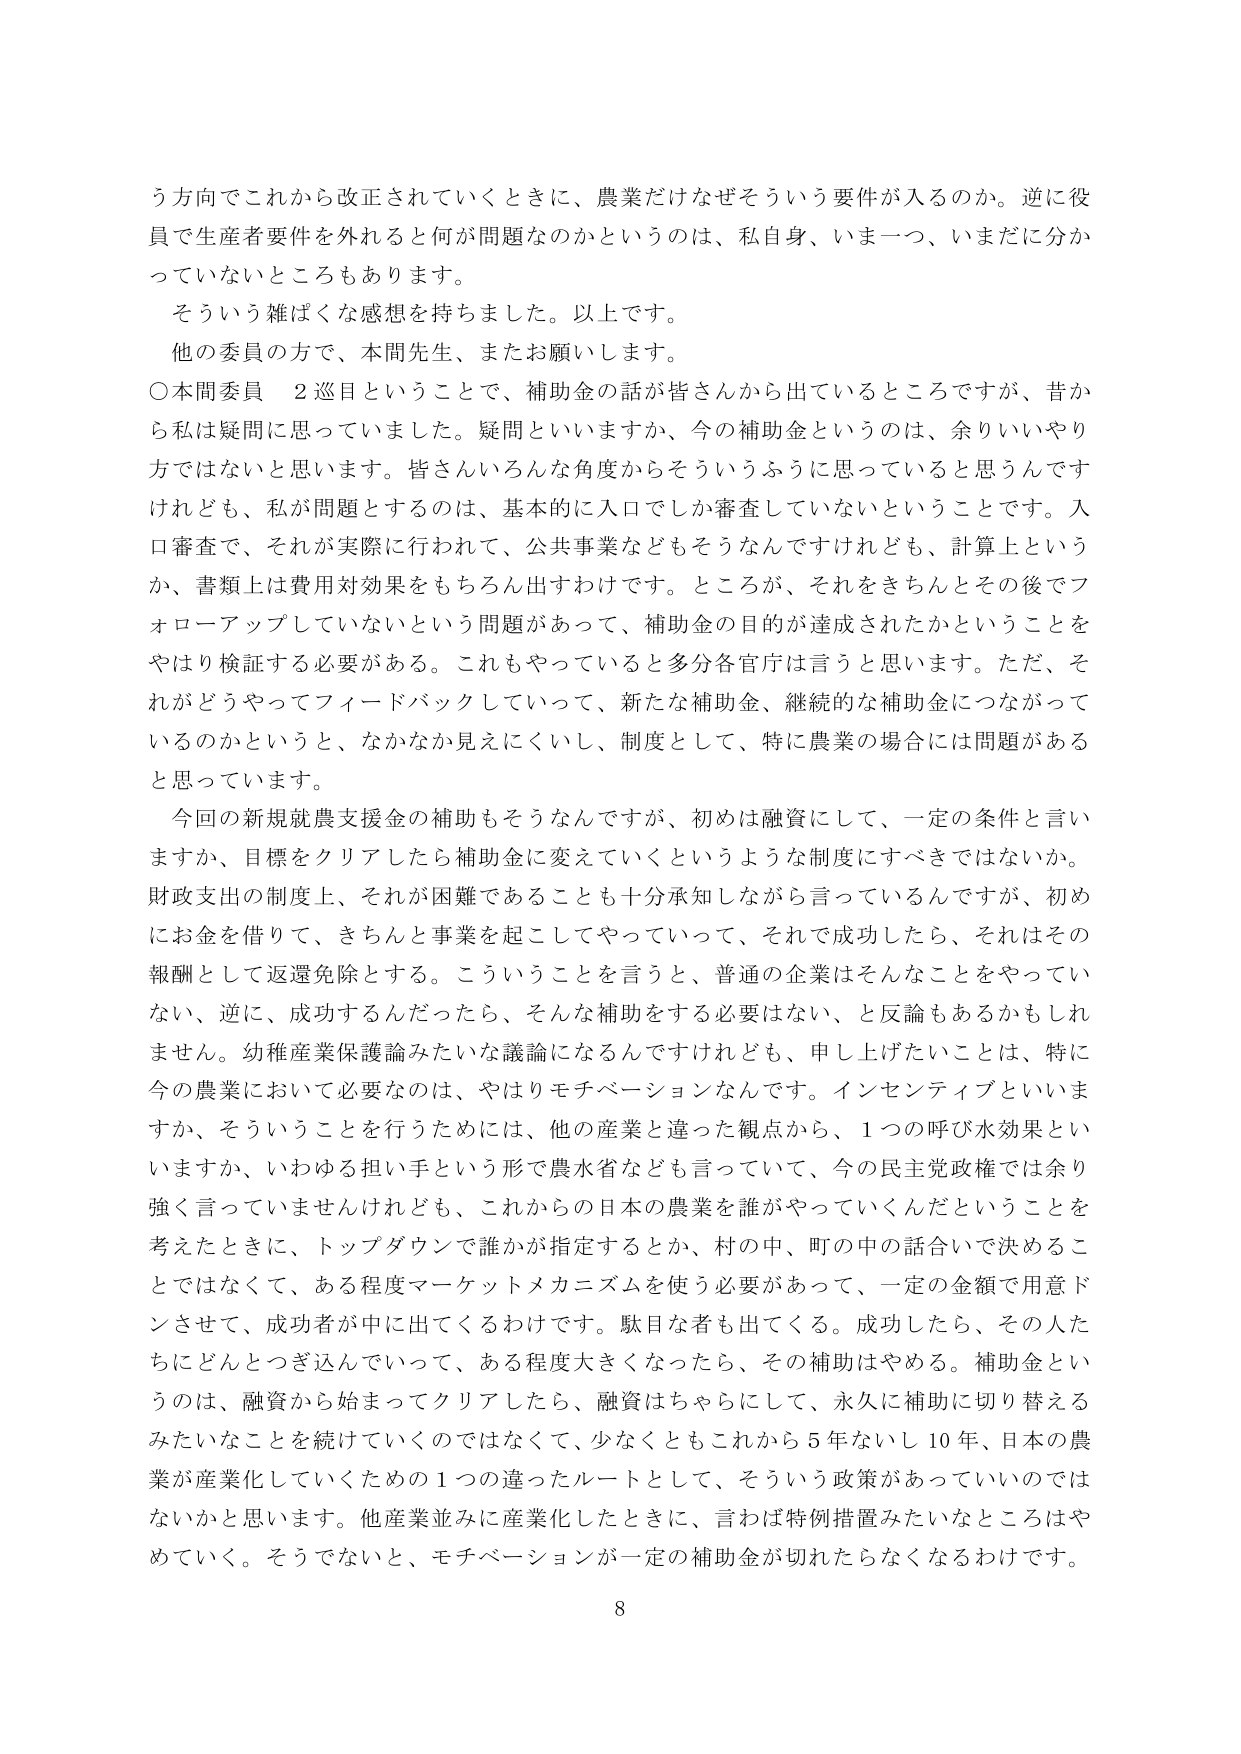
う方向でこれから改正されていくときに、農業だけなぜそういう要件が入るのか。逆に役員で生産者要件を外れると何が問題なのかというのは、私自身、いま一つ、いまだに分かっていないところもあります。

そういう雑ぱくな感想を持ちました。以上です。

他の委員の方で、本間先生、またお願いします。

○本間委員　２巡目ということで、補助金の話が皆さんから出ているところですが、昔から私は疑問に思っていました。疑問といいますか、今の補助金というのは、余りいいやり方ではないと思います。皆さんいろんな角度からそういうふうに思っていると思うんですけれども、私が問題とするのは、基本的に入口でしか審査していないということです。入口審査で、それが実際に行われて、公共事業などもそうなんですけれども、計算上というか、書類上は費用対効果をもちろん出すわけです。ところが、それをきちんとその後でフォローアップしていないという問題があって、補助金の目的が達成されたかということをやはり検証する必要がある。これもやっていると多分各官庁は言うと思います。ただ、それがどうやってフィードバックしていって、新たな補助金、継続的な補助金につながっているのかというと、なかなか見えにくいし、制度として、特に農業の場合には問題があると思っています。

今回の新規就農支援金の補助もそうなんですが、初めは融資にして、一定の条件と言いますか、目標をクリアしたら補助金に変えていくというような制度にすべきではないか。財政支出の制度上、それが困難であることも十分承知しながら言っているんですが、初めにお金を借りて、きちんと事業を起こしてやっていって、それで成功したら、それはその報酬として返還免除とする。こういうことを言うと、普通の企業はそんなことをやっていない、逆に、成功するんだったら、そんな補助をする必要はない、と反論もあるかもしれません。幼稚産業保護論みたいな議論になるんですけども、申し上げたいことは、特に今の農業において必要なのは、やはりモチベーションなんです。インセンティブといいますか、そういうことを行うためには、他の産業と違った観点から、１つの呼び水効果といいますか、いわゆる担い手という形で農水省なども言っていて、今の民主党政権では余り強く言っていませんけれども、これからの日本の農業を誰がやっていくんだということを考えたときに、トップダウンで誰かが指定するとか、村の中、町の中の話合いで決めるこ とではなくて、ある程度マーケットメカニズムを使う必要があって、一定の金額で用意ドンさせて、成功者が中に出てくるわけです。駄目な者も出てくる。成功したら、その人たちにどんどつぎ込んでいって、ある程度大きくなったら、その補助はやめる。補助金というのは、融資から始まってクリアしたら、融資はちゃらにして、永久に補助に切り替えるみたいなことを続けていくのではなくて、少なくともこれから５年ないし１０年、日本の農業が産業化していくための１つの違ったルートとして、そういう政策があっていいのではないかと思います。他産業並みに産業化したときに、言わば特例措置みたいなところはやめていく。そうでないと、モチベーションが一定の補助金が切れたらなくなるわけです。

8